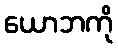
ယောဘကို